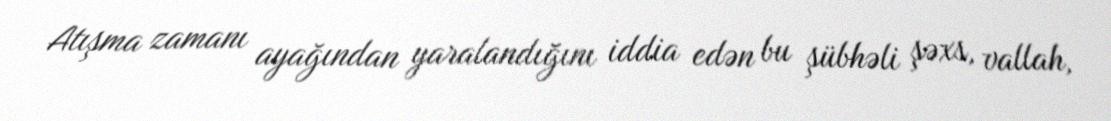
Atışma zamanı ayağından yaralandığını iddia edən bu şübhəli şəxs, vallah,